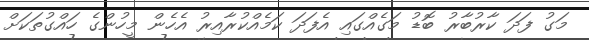
މަގު ފަދަ ކާރުބާރު ބޮޑު މަގެއްގައި އެފަދަ ކަމެއްކުރާއިރު އެހެން މީހުންގެ ހައްގުތަކަށް